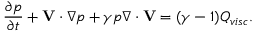
\frac { \partial p } { \partial t } + \mathbf { V } \cdot \nabla p + \gamma p \nabla \cdot \mathbf { V } = ( \gamma - 1 ) Q _ { v i s c } .